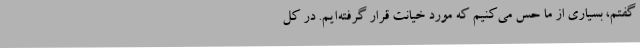
گفتم، بسیاری از ما حس می‌کنیم که مورد خیانت قرار گرفته‌ایم. در کل